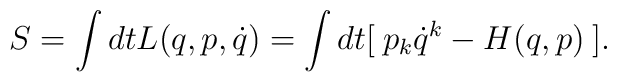
S = \int dt L(q,p, \dot{q}) = \int dt [\: p_k \dot{q}^k - H(q,p) \:].